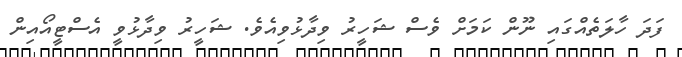
ފަދަ ހާލަތެއްގައި ނޫން ކަމަށް ވެސް ޝަހީރު ވިދާޅުވިއެވެ. ޝަހީރު ވިދާޅުވީ އެސްޓީއޯއިން